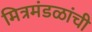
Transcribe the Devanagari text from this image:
मित्रमंडळांची